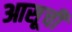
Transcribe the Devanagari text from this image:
आसूची